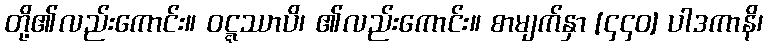
တို့၏လည်းကောင်း။ ဝဋ္ဋဿာပိ၊ ၏လည်းကောင်း။ စာမျက်နှာ [၄၄၀] ပါဒကာနိ၊